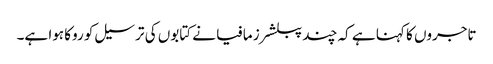
تاجروں کا کہنا ہے کہ چند پبلشرز مافیا نے کتابوں کی ترسیل کو روکا ہوا ہے۔